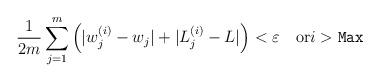
LaTeX: \begin{align*}\frac{1}{2m}\sum_{j=1}^{m}\left(|w^{(i)}_j - w_j|+|L^{(i)}_j -L|\right)<\varepsilon \quad{\rm or}i>{\tt Max}\end{align*}